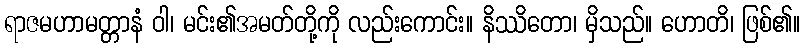
ရာဇမဟာမတ္တာနံ ဝါ၊ မင်း၏အမတ်တို့ကို လည်းကောင်း။ နိဿိတော၊ မှိသည်။ ဟောတိ၊ ဖြစ်၏။